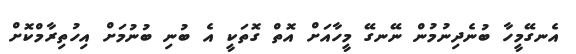
އެނގޭމީހާ ބުނެދިނުމުން ނޭނގޭ މީހާއަށް އޮތް ގޮތަކީ އެ ބުނި ބުނުމަށް އިހުތިރާމްކޮށް